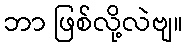
ဘာ ဖြစ်လို့လဲဗျ။